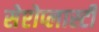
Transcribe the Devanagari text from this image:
सेप्टोप्लास्टी